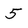
Character: 5